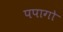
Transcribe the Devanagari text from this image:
पपागो